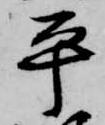
平